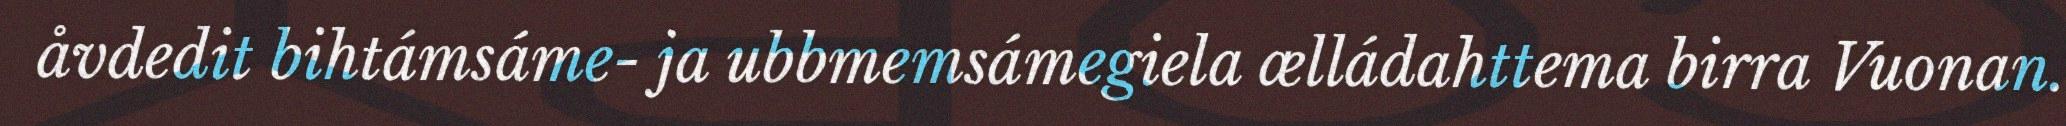
åvdedit bihtámsáme- ja ubbmemsámegiela ælládahttema birra Vuonan.